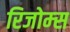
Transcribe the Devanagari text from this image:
रिजोम्‍स